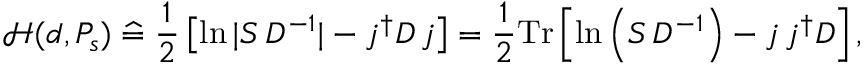
{ \mathcal { H } } ( d , P _ { s } ) \; { \widehat { = } } \; { \frac { 1 } { 2 } } \left[ \ln | S \, D ^ { - 1 } | - j ^ { \dagger } D \, j \right] = { \frac { 1 } { 2 } } \mathrm { T r } \left[ \ln \left( S \, D ^ { - 1 } \right) - j \, j ^ { \dagger } D \right] ,